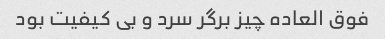
فوق العاده چیز برگر سرد و بی کیفیت بود